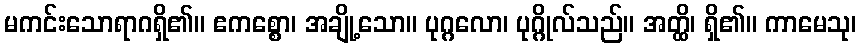
မကင်းသောရာဂရှိ၏။ ဧကစ္စော၊ အချို့သော။ ပုဂ္ဂလော၊ ပုဂ္ဂိုလ်သည်။ အတ္ထိ၊ ရှိ၏။ ကာမေသု၊